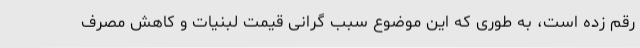
رقم زده است، به طوری که این موضوع سبب گرانی قیمت لبنیات و کاهش مصرف